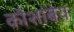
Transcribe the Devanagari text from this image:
कौशांबेय